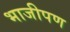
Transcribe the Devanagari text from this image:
भाजीपण